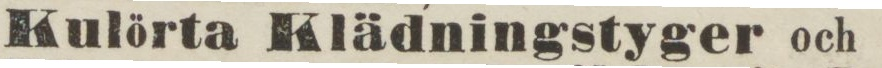
Kulörta Klädningstyger och